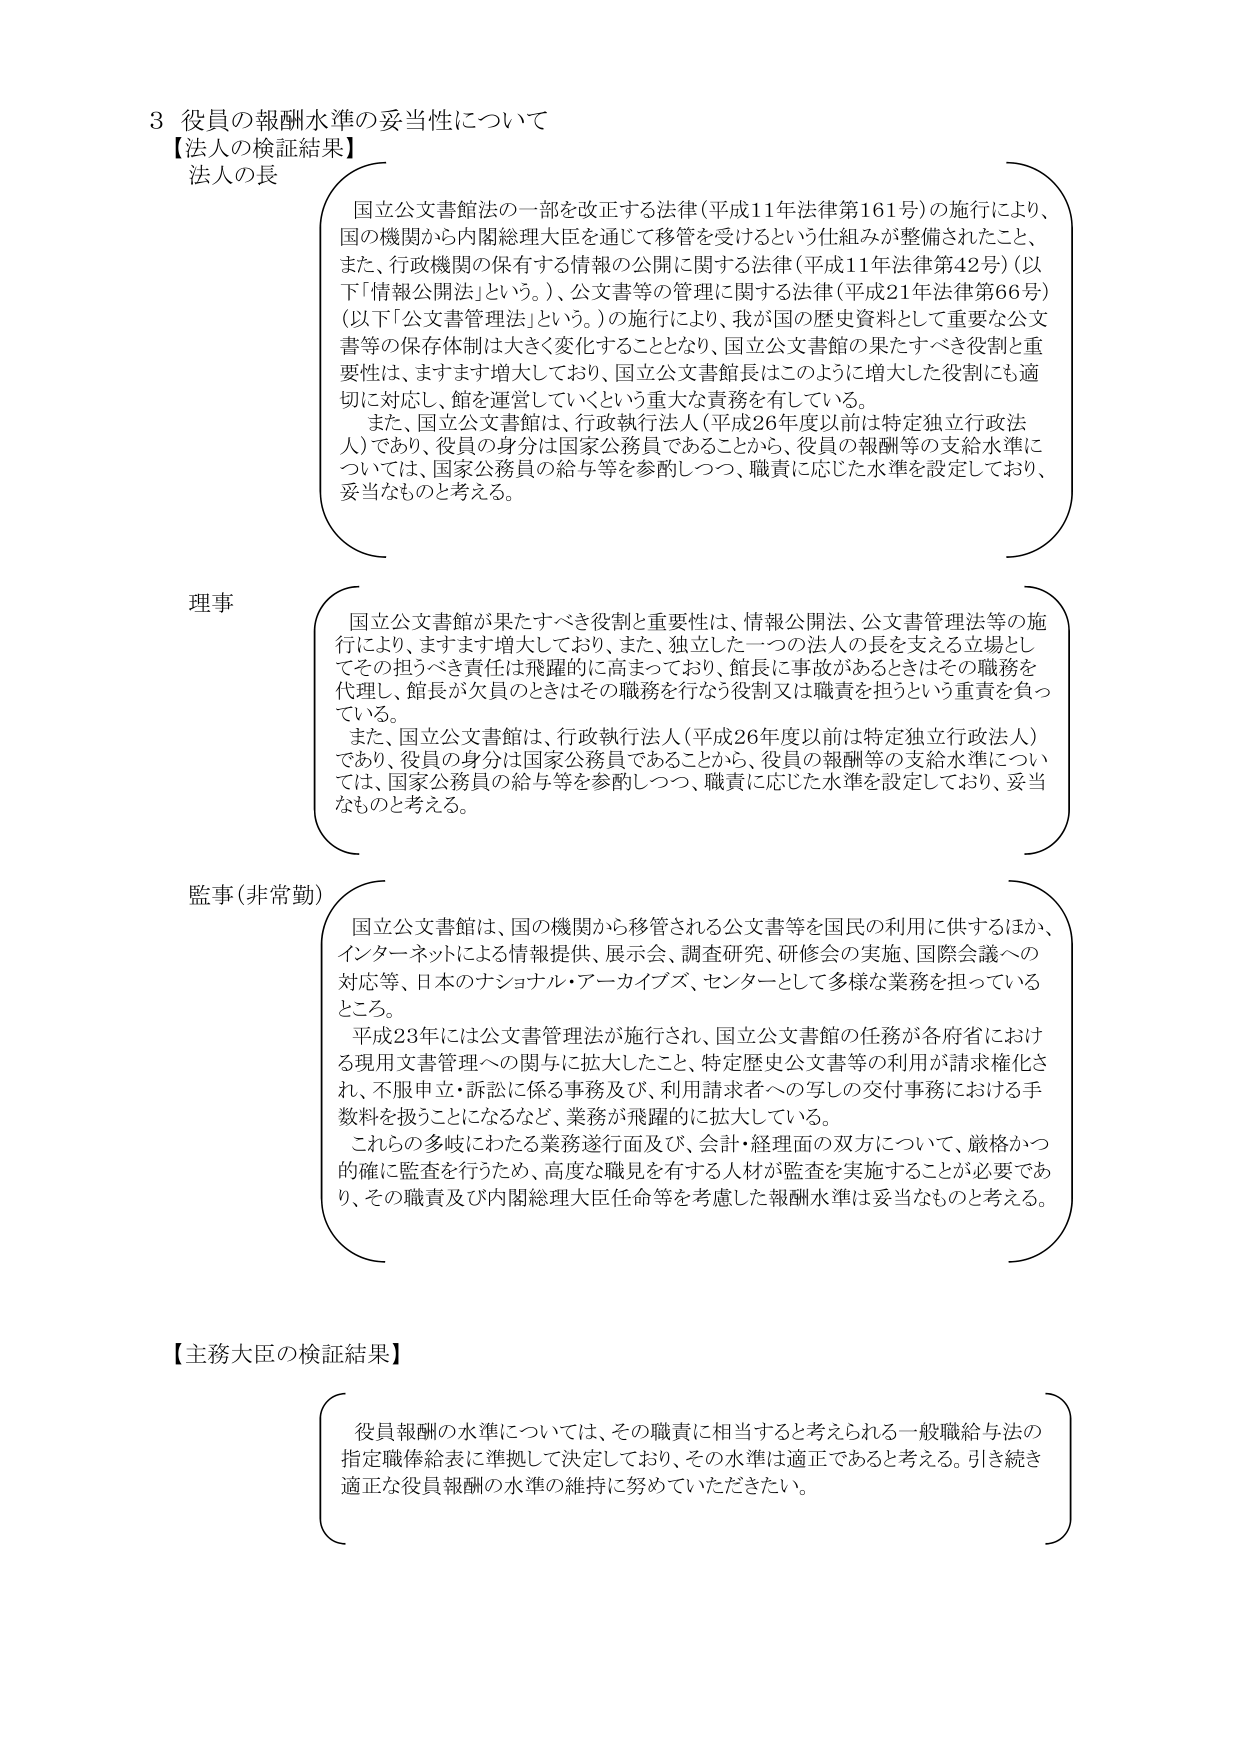
3 役員の報酬水準の妥当性について
【法人の検証結果】
法人の長
国立公文書館法の一部を改正する法律（平成11年法律第161号）の施行により、
国の機関から内閣総理大臣を通じて移管を受けるという仕組みが整備されたこと、
また、行政機関の保有する情報の公開に関する法律（平成11年法律第42号）（以下「情報公開法」という。）、公文書等の管理に関する法律（平成21年法律第66号）（以下「公文書管理法」という。）の施行により、我が国の歴史資料として重要な公文書等の保存体制は大きく変化することとなり、国立公文書館の果たすべき役割と重要性は、ますます増大しており、国立公文書館長はこのような増大した役割にも適切に対応し、館を運営していくという重大な責務を有している。
また、国立公文書館は、行政執行法人（平成26年度以前は特定独立行政法人）であり、役員の身分は国家公務員であることから、役員の報酬等の支給水準については、国家公務員の給与等を参酌しつつ、職責に応じた水準を設定しており、妥当なものと考える。

理事
国立公文書館が果たすべき役割と重要性は、情報公開法、公文書管理法等の施行により、ますます増大しており、また、独立した一つの法人の長を支える立場としてその担うべき責任は飛躍的に高まっており、館長の職務を代理し、館長が欠員のときはその職務を行なう役割又は職責を担うという重責を負っている。
また、国立公文書館は、行政執行法人（平成26年度以前は特定独立行政法人）であり、役員の身分は国家公務員であることから、役員の報酬等の支給水準については、国家公務員の給与等を参酌しつつ、職責に応じた水準を設定しており、妥当なものと考える。

監事（非常勤）
国立公文書館は、国の機関から移管される公文書等を国民の利用に供するほか、インターネットによる情報提供、展示会、調査研究、研修会の実施、国際会議への対応等、日本のナショナル・アーカイブズ、センターとして多様な業務を担っているところ。
平成23年には公文書管理法が施行され、国立公文書館の任務が各府省における現用文書管理への関与に拡大したこと、特定歴史公文書等の利用が請求権化され、不服申立・訴訟に係る事務及び、利用請求者への写しの交付事務における手数料を扱うことになるなど、業務が飛躍的に拡大している。
これらの多岐にわたる業務遂行面及び、会計・経理面の双方について、厳格かつ的確に監査を行うため、高度な職見を有する人材が監査を実施することが必要であり、その職責及び内閣総理大臣任命等を考慮した報酬水準は妥当なものと考える。

【主務大臣の検証結果】
役員報酬の水準については、その職責に相当すると考えられる一般職給与法の指定職俸給表に準拠して決定しており、その水準は適正であると考える。引き続き適正な役員報酬の水準の維持に努めていただきたい。